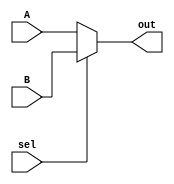
////////////////////////////////////////////////////////
//                                                    //
// Description  : mux 2 to 1 of n bits                //
//                                                    //                  
//                                                    //
////////////////////////////////////////////////////////

module mux24(out,A,B,sel);
output [23:0]out;
input  [23:0]A,B;
input  sel;

assign out=sel?B:A;

endmodule

module mux8(out,A,B,sel);
output [7:0]out;
input  [7:0]A,B;
input  sel;

assign out=sel?B:A;

endmodule

module mux1(out,A,B,sel);
output out;
input  A,B;
input  sel;

assign out=sel?B:A;

endmodule